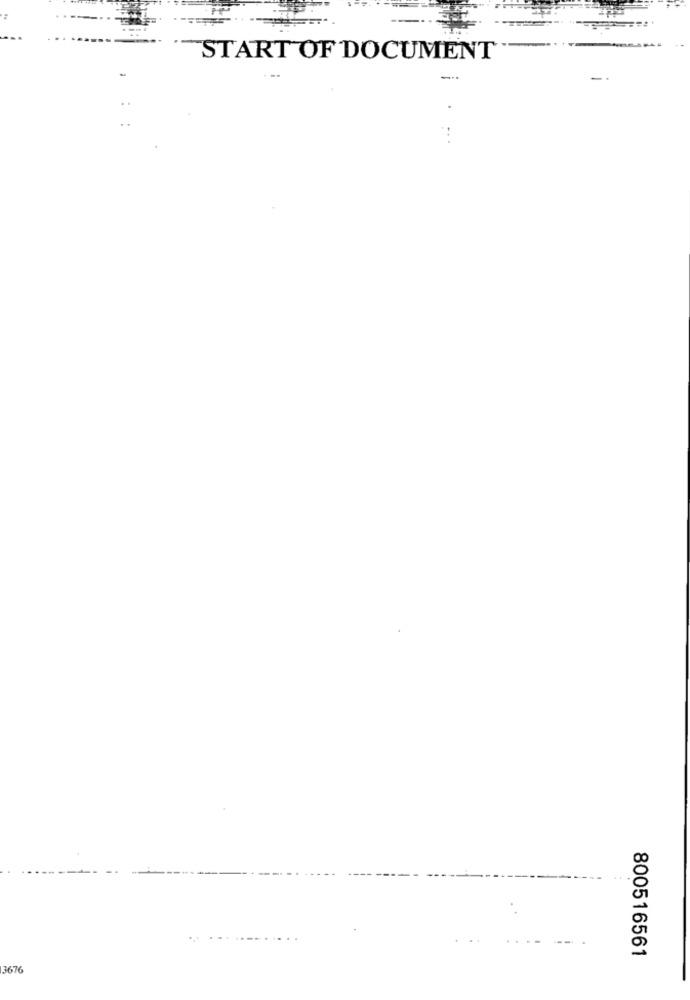
START OF DOCUMENT
800516561
3676